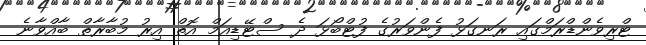
ޓްރިވެންޑްރަމްގައި ރަނގަޅު ފެންވަރުގެ ފުޓްބޯޅަ ދެ ސްޓޭޑިއަމް އޮތް އިރު މުބާރާތް ބާއްވާނެ